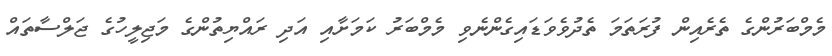
މެމްބަރުންގެ ތެރެއިން ފުރަތަމަ ތެދުވެވަޑައިގެންނެވި މެމްބަރު ކަމަށާއި އަދި ރައްޔިތުންގެ މަޖިލީހުގެ ޖަލްސާތައް